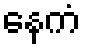
နေကံ